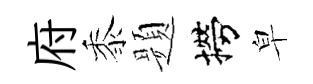
府黍题撈皁